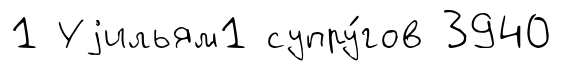
1 Уjильям1 супру́гов 3940